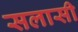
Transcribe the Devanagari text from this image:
सलासी